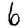
Digit: 6